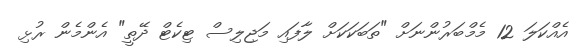
އެއްކަލަ 12 މެމްބަރުންނަށް "ތަބަކަކަށް ލާފައި މަޖިލިސް ޓިކެޓް ދޭތީ" އެންމެން ރުޅި